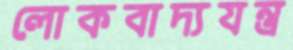
লোকবাদ্যযন্ত্র